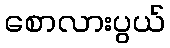
စောလားပွယ်